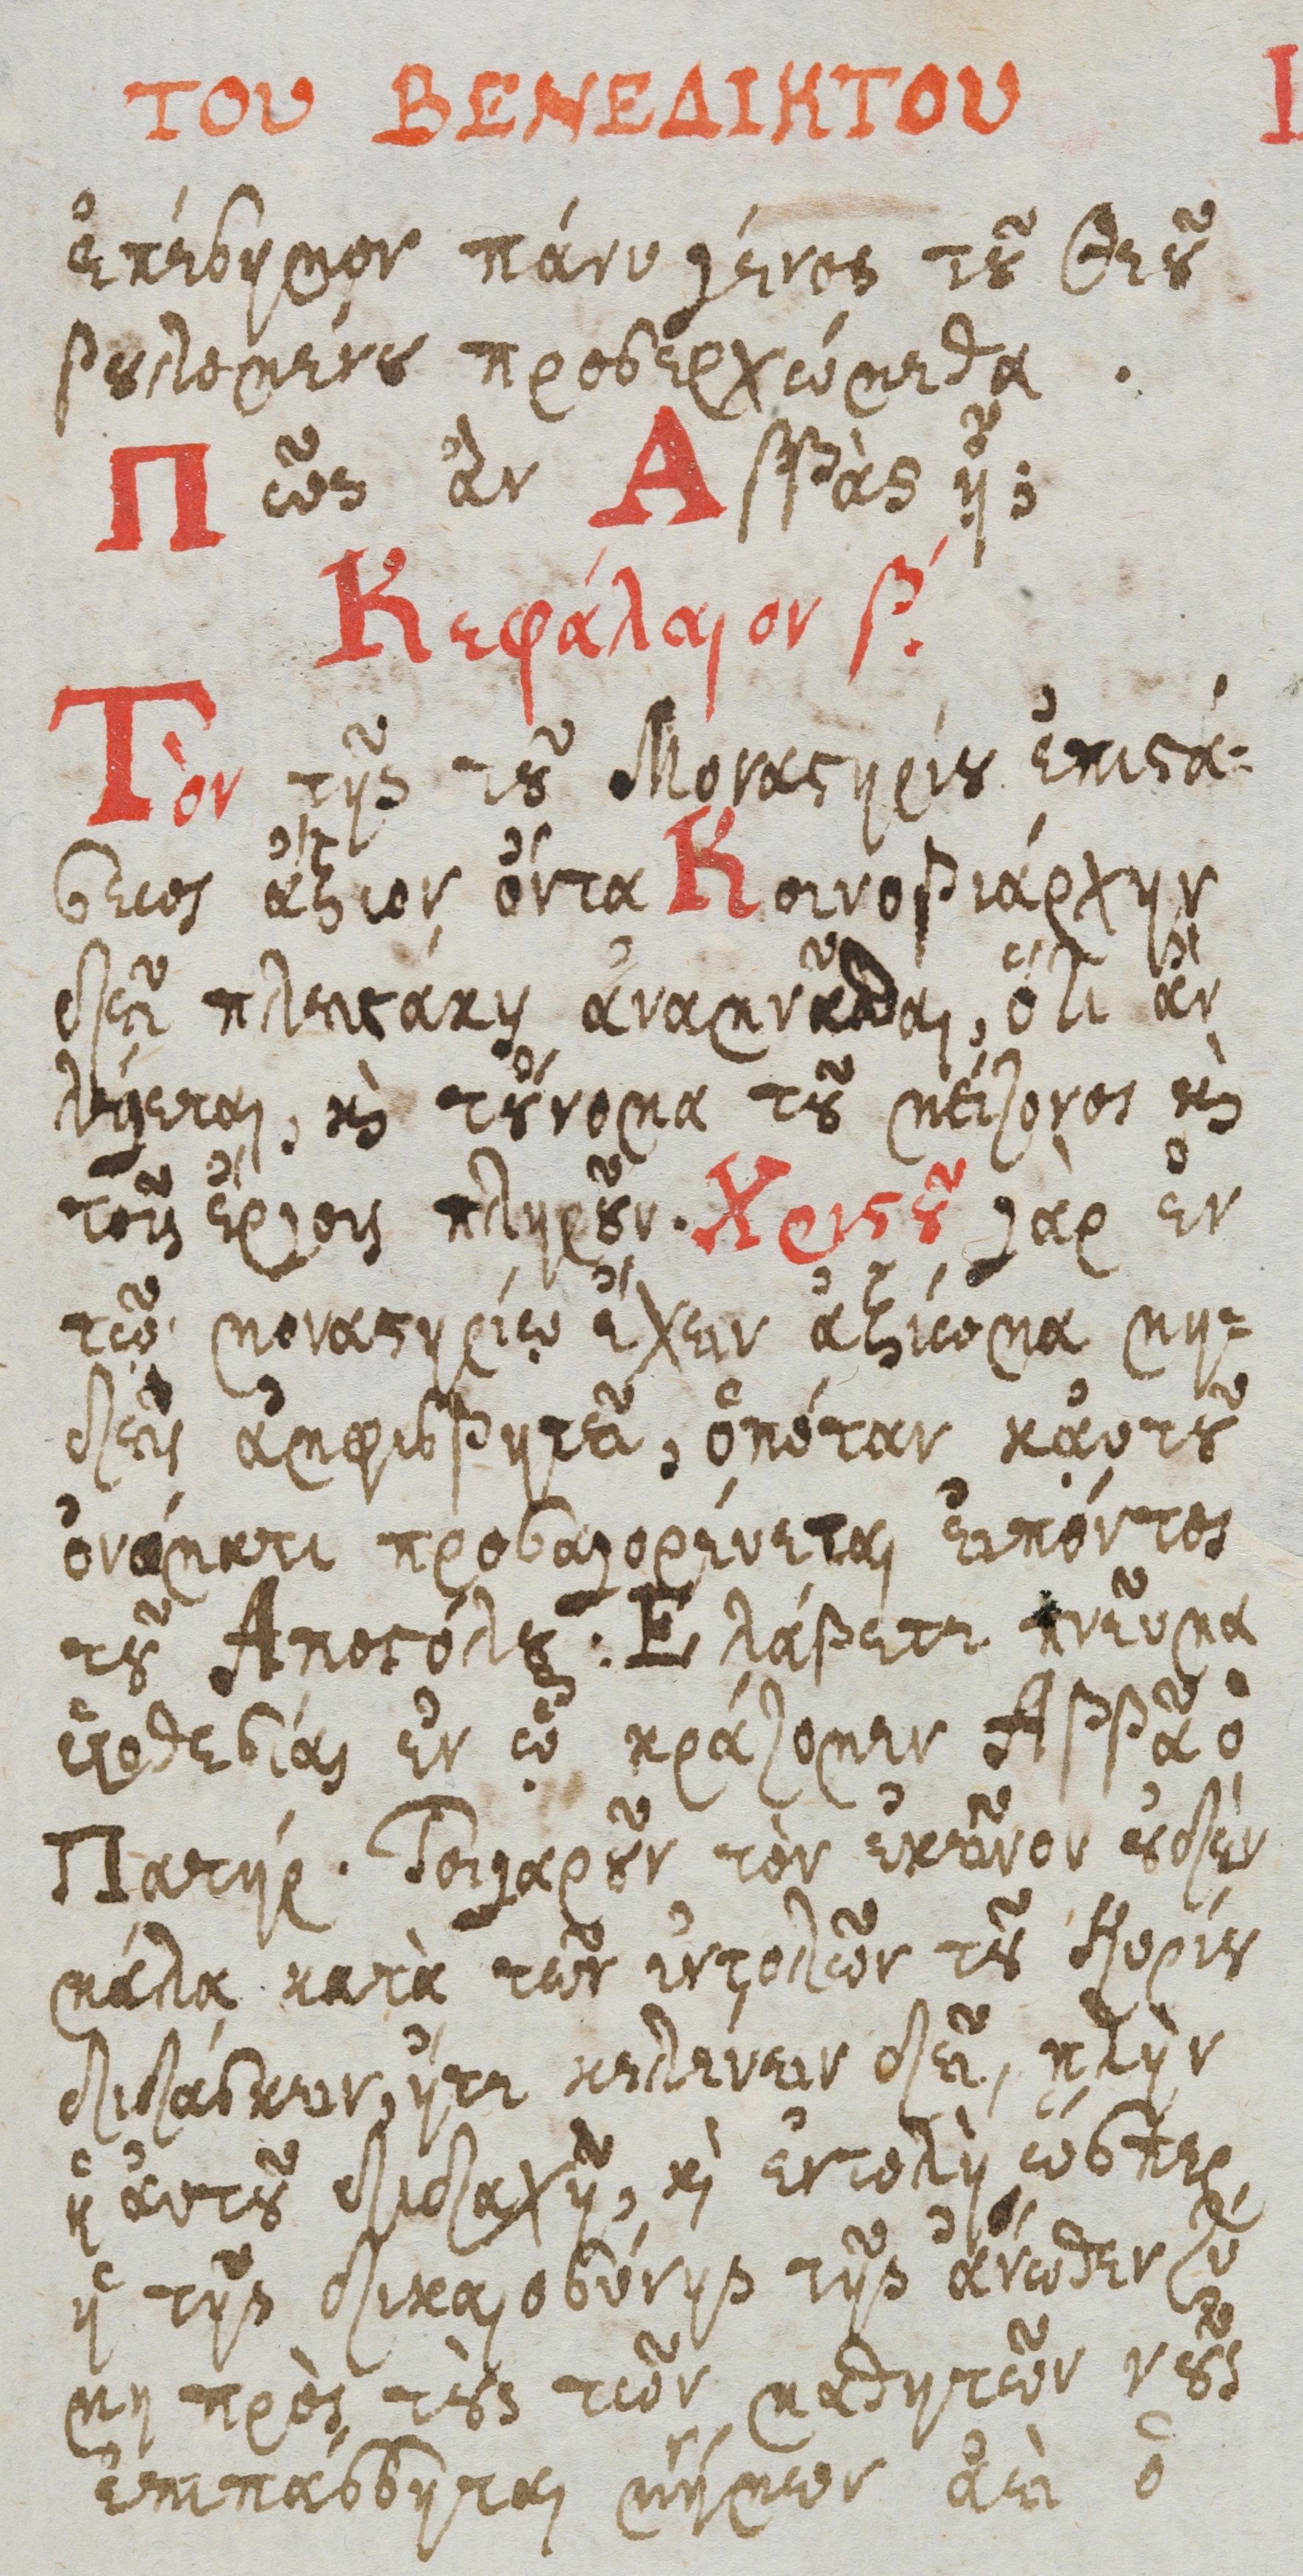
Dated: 1600–1699